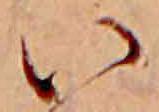
い